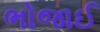
ભોજાઈ